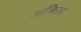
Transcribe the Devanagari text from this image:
अमिरत